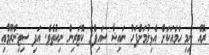
ރޮއެ ނިމި ހަމައަކަށް އެޅިލުމަށްފަހު ނައިޝާ ސައިފްގެ ކޮޓަރިން ނިކުތެވެ. އަދި ސިޓިންރޫމާއި